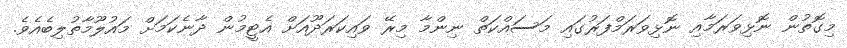
މިގޮތުން ނޮޅިވަރަމާއި ނޮޅިވަރަމްފަރުގައި މަސައްކަތް ނިންމާ މިރޭ ވައިކަރަދޫއަށް އެޓީމުން ދާނެކަމަށް މައުލޫމާތުލިބެއެވެ.